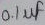
Text: 0.1µF